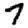
Digit: 7